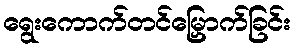
ရွေးကောက်တင်မြှောက်ခြင်း